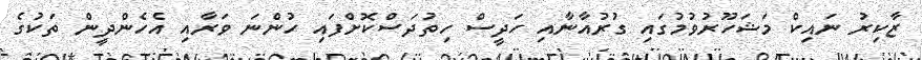
ޒާކިރު ނައިކް މަޝަހޫރުވުމުގައި ގުރުއާނާއި ހަދީސް ހިތުދަސްކޮށްފައި ހުންނަ ވަރާއި އެހެންދީން ތަކުގެ